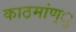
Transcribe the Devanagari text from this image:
काठमांण्ु